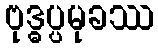
ဗုဒ္ဓပ္ပမုခဿ